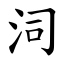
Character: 泀